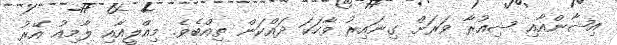
އިޝާންއާއި ޝިއުރާ ވަރަށް ގިނައިރު ވާހަކަ ދައްކަން ތިއްބެވެ. މިއްލީއާއި ލާމިއު އޭރު